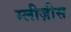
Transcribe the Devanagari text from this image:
स्लीज़ीस